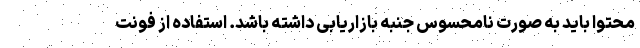
محتوا باید به صورت نامحسوس جنبه بازاریابی داشته باشد. استفاده از فونت